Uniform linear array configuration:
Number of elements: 4
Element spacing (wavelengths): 1
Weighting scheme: uniform
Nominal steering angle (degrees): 45
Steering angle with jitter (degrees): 46.887
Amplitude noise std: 0.05
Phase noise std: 0.05

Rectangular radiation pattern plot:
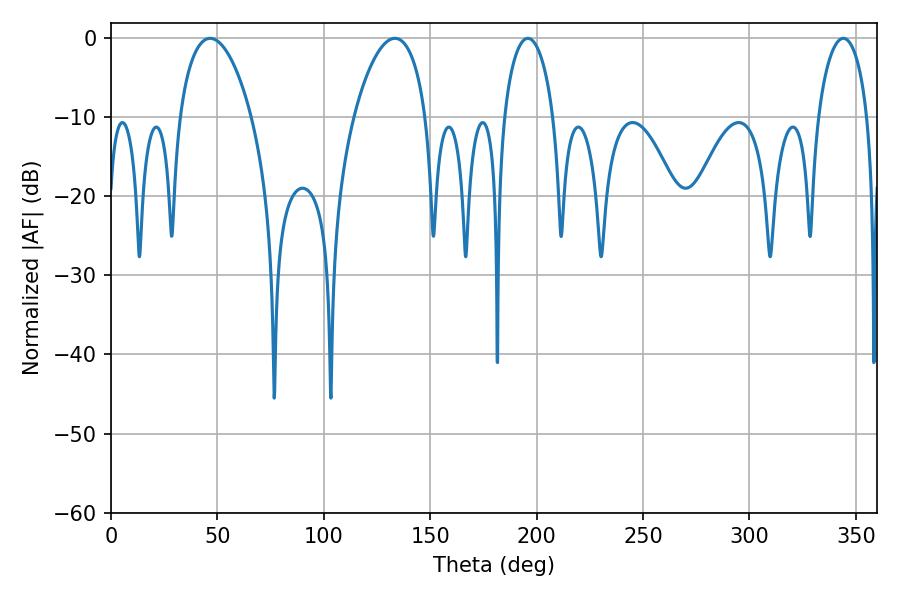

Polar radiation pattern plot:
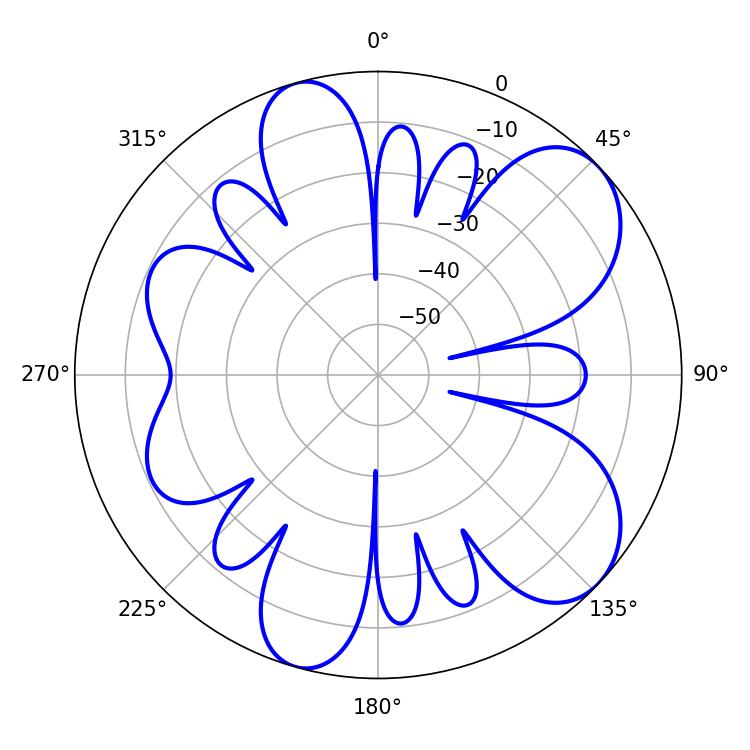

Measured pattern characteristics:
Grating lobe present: TRUE
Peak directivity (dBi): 7.928
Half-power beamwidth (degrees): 19.26
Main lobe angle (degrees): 46.62